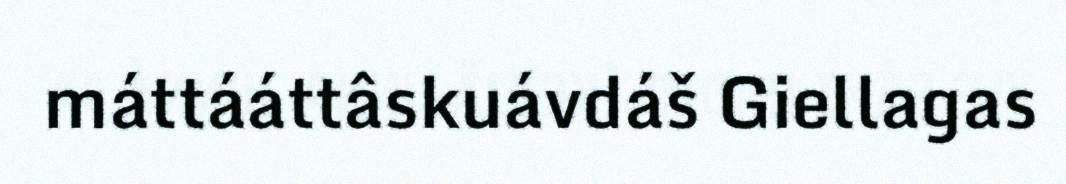
máttááttâskuávdáš Giellagas